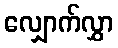
လျှောက်လွှာ